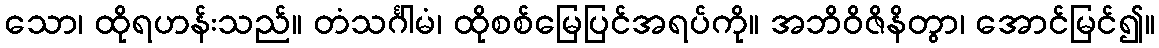
သော၊ ထိုရဟန်းသည်။ တံသင်္ဂါမံ၊ ထိုစစ်မြေပြင်အရပ်ကို။ အဘိဝိဇိနိတွာ၊ အောင်မြင်၍။